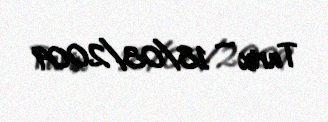
Tarix — 18/03/2009